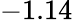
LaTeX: -1.14